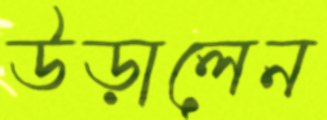
উড়ালেন